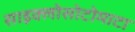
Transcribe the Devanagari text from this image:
साइक्लोसोटोमाटा